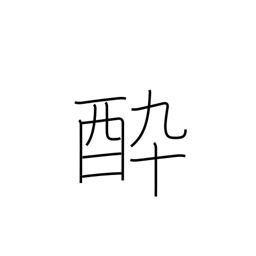
Meaning: spellbound